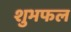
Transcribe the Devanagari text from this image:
शुभफल